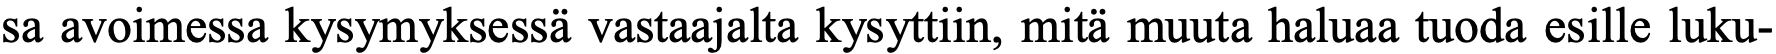
sa avoimessa kysymyksessä vastaajalta kysyttiin, mitä muuta haluaa tuoda esille luku-